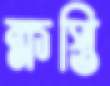
ক্ষপ্তি